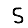
Digit: 5